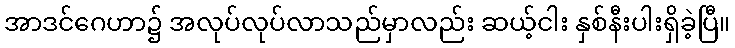
အာဒင်ဂေဟာ၌ အလုပ်လုပ်လာသည်မှာလည်း ဆယ့်ငါး နှစ်နီးပါးရှိခဲ့ပြီ။